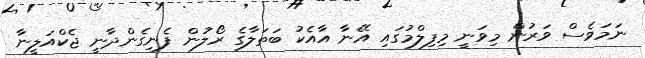
ނަމަވެސް ވަރުން މިވަނީ މިފިލްމުގައި އޭނާ އާއެކު ބަތަލާގެ ރޯލުން ފެނިގެންދާނީ ޖެކްއަލީނާ